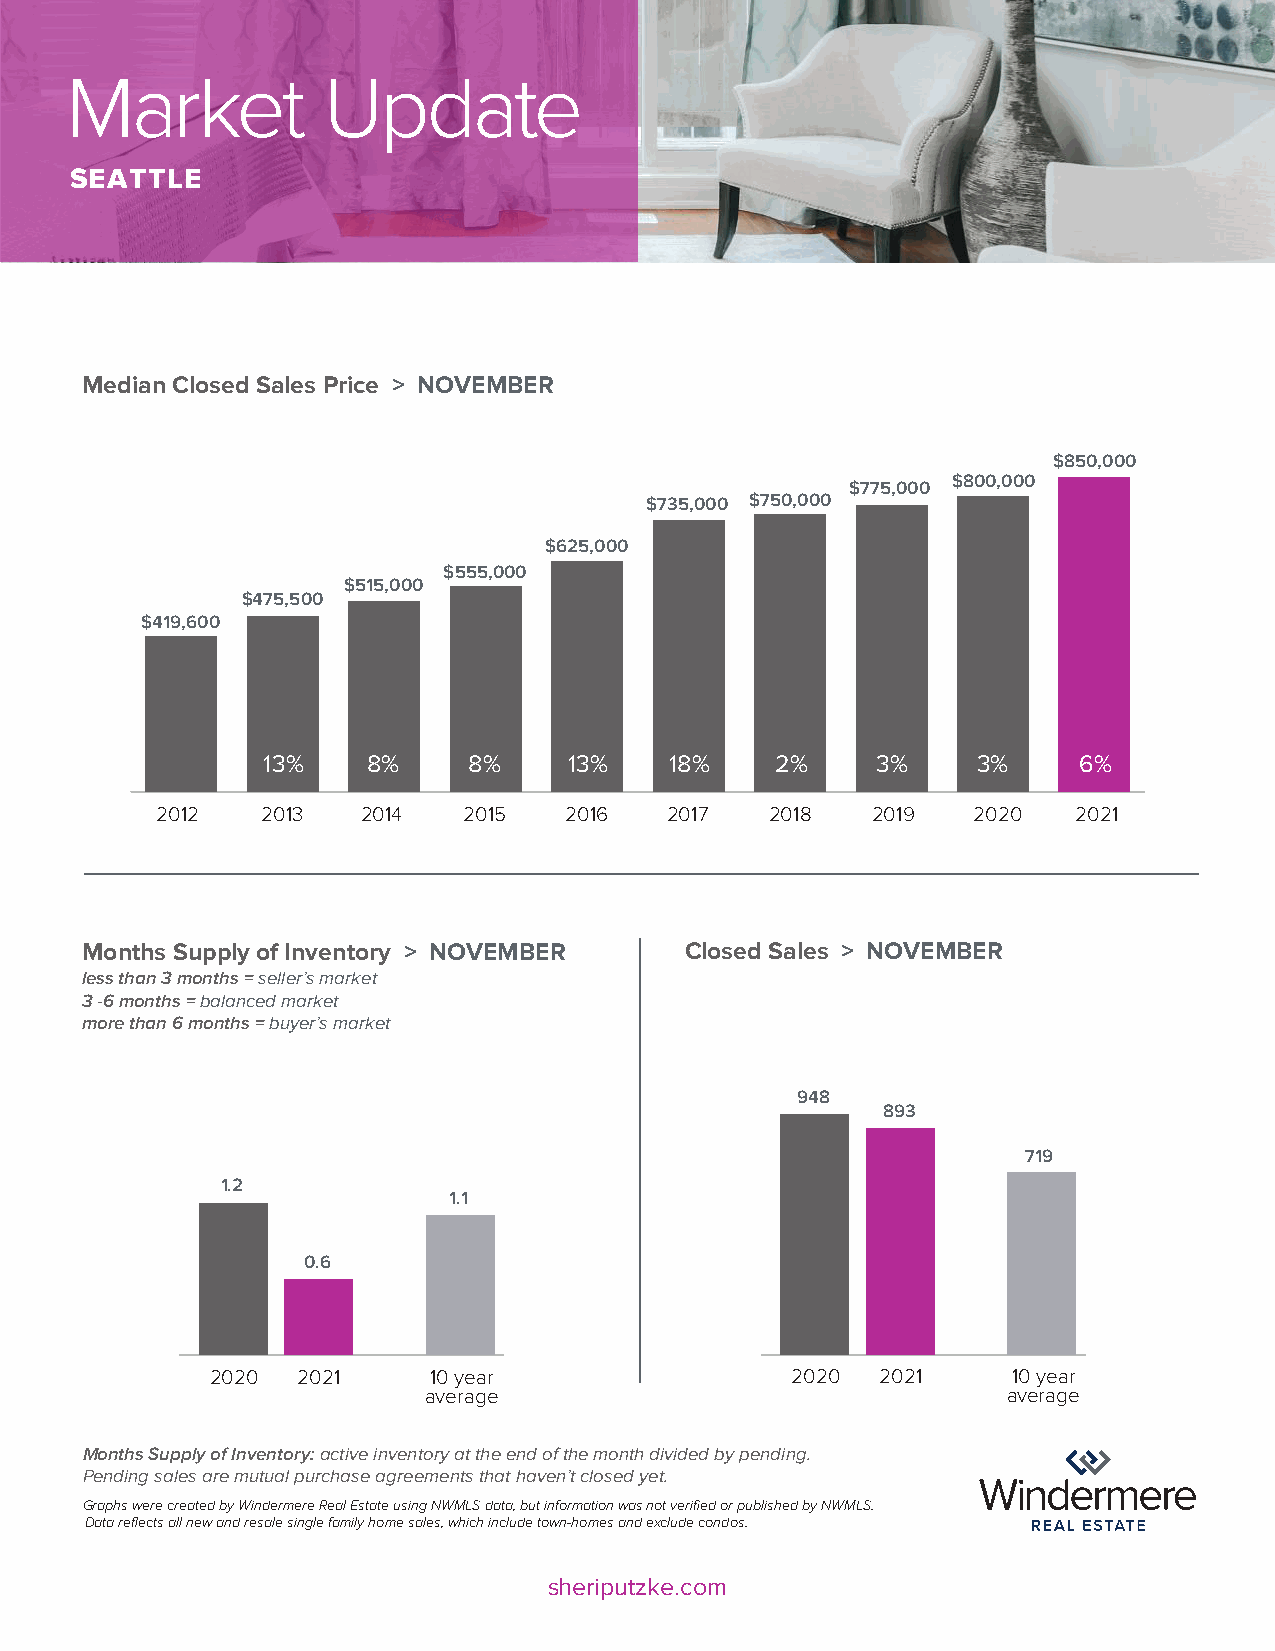
MMaarrkkeett     UUppddaattee
 SEEAASTTTSLIDEE
 Median Closed Sales Price > NOVEMBER
 $850,000
 $800,000
 $775,000
 $735,000 $750,000
 $625,000
 $555,000
 $515,000
 $475,500
 $419,600
 13%    8%     8%     13%   18%    2%     3%     3%    0060%%%%
 2012   2013   2014   2015  2016   2017   2018   2019  2020   2021
 Months Supply of Inventory > NOVEMBER   Closed Sales > NOVEMBER
 less than 3 months = seller’s market
 3 -6 months = balanced market
 more than 6 months = buyer’s market
 948
 893
 719
 1.2
 1.1
 0.6
 2020  2021    10 year                 2020  2021     10 year
 average                                average
 Months Supply of Inventory: active inventory at the end of the month divided by pending.
 Pending sales are mutual purchase agreements that haven’t closed yet.
 Graphs were created by Windermere Real Estate using NWMLS data, but information was not verified or published by NWMLS.
 Data reflects all new and resale single family home sales, which include town-homes and exclude condos.
 sheriputzke.com